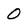
Character: 0